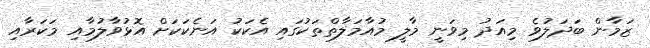
ޒަމާން ބަދަލުވެ މިއަދު މިވަނީ މާލީ މުއާމަލާތްތަކުގައި އެކަކު އަނެކަކަށް އޮޅުވާލުމާއި މަކަރާއި